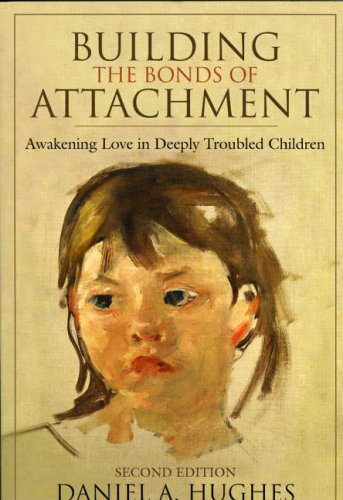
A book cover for Building the Bonds of Attachment: Awakening Love in Deeply Troubled Children; Daniel A. Hughes; Parenting & Relationships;